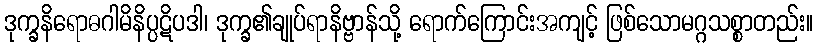
ဒုက္ခနိရောဓဂါမိနိပ္ပဋိပဒါ၊ ဒုက္ခ၏ချုပ်ရာနိဗ္ဗာန်သို့ ရောက်ကြောင်းအကျင့် ဖြစ်သောမဂ္ဂသစ္စာတည်း။